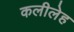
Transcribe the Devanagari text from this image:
कलीलेह